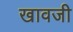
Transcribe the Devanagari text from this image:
खावजी